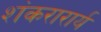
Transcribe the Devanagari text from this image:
शंकरारार्य